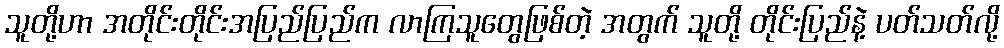
သူတို့ဟာ အတိုင်းတိုင်းအပြည်ပြည်က လာကြသူတွေဖြစ်တဲ့ အတွက် သူတို့ တိုင်းပြည်နဲ့ ပတ်သတ်လို့